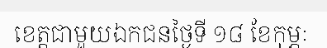
ខេត្តជាមួយឯកជនថ្ងៃទី ១៨ ខែកុម្ភៈ